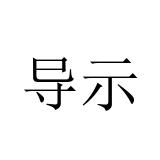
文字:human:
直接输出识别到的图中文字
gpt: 导示